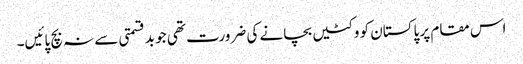
اس مقام پر پاکستان کو وکٹیں بچانے کی ضرورت تھی جو بدقسمتی سے نہ بچ پائیں۔